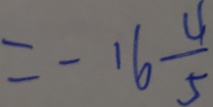
= - 1 6 \frac { 4 } { 5 }